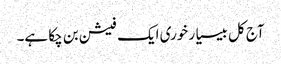
آج کل بیسیا ر خوری ایک فیشن بن چکا ہے۔